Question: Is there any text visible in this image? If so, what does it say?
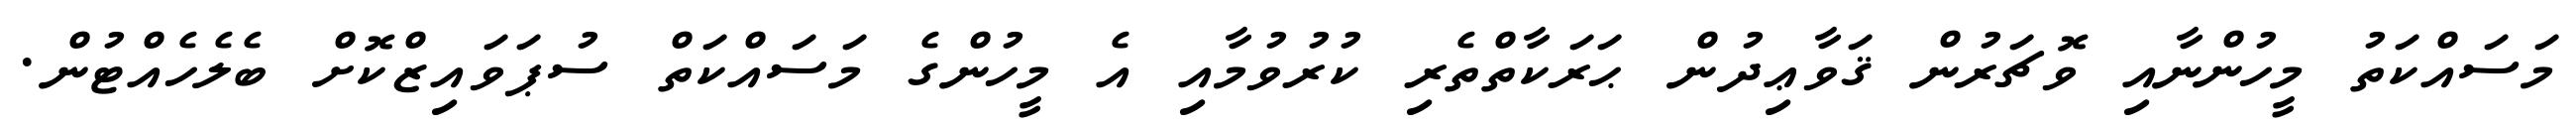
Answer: މަސައްކަތު މީހުންނާއި ވޮޗަރުން ޤަވާޢިދުން ޙަރަކާތްތެރި ކުރުވުމާއި އެ މީހުންގެ މަސައްކަތް ސުޕަވައިޒްކޮށް ބެލެހެއްޓުން.